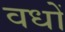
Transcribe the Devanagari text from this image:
वधों